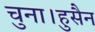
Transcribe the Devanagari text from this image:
चुना।हुसैन